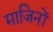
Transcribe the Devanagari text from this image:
माजिनों